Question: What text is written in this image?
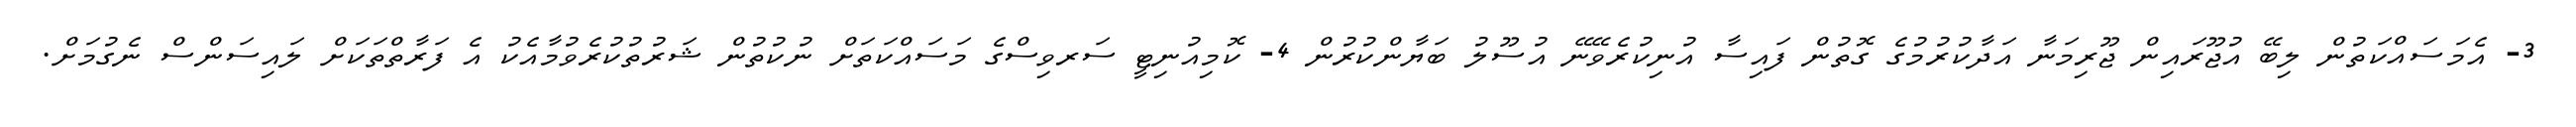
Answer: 3- އެމަސައްކަތުން ލިބޭ އުޖޫރައިން ޖޫރިމަނާ އަދާކުރުމުގެ ގޮތުން ފައިސާ އުނިކުރެވޭނޭ އުސޫލު ބަޔާންކުރުން 4- ކޮމިއުނިޓީ ސަރވިސްގެ މަސައްކަތަށް ނުކުތުން ޝަރުތުކުރެވުމާއެކު އެ ފަރާތްތަކަށް ލައިސަންސް ނެގުމަށް.